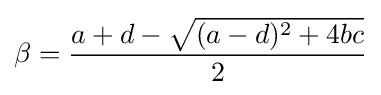
\beta ={\frac {a+d-{\sqrt {(a-d)^{2}+4bc}}}{2}}